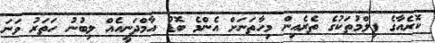
ކޮރެއާގެ ފިލްމުތަކުގެ ތެރެއިން މިހާތަނަށް އެންމެ ބޮޑު އާމްދަނީއެއް ލިބުނު ހަތަރު ވަނަ